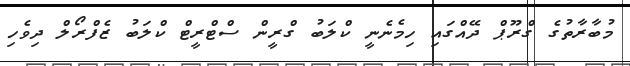
މުބާރާތުގެ ގްރޫޕް ދޭއްގައި ހިމެނެނީ ކްލަބު ގްރީން ސްޓްރީޓް ކްލަބު ޒެފްރޯލް ދިވެހި